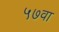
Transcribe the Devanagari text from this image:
५७वा